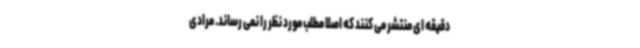
دقیقه ای منتشر می کنند که اصلاً مطلب مورد نظر را نمی رساند. مرادی